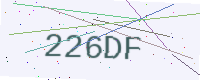
Text: 226DF